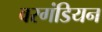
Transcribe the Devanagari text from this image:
वरगंडियन